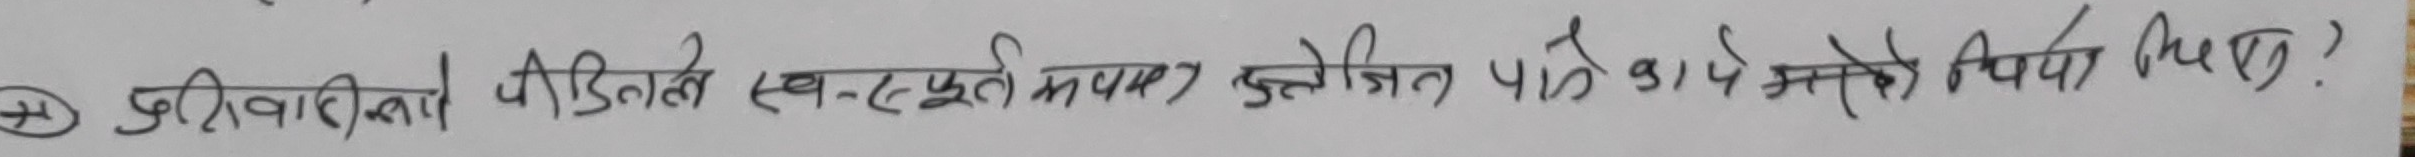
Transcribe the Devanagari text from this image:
अभिवादनले पीडितले स्व-स्फूर्त भएर उत्प्रेरित पार्ने माम्रो उपाय हो ?